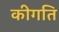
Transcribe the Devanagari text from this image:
कीगति